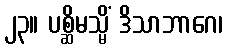
၂၃။ ပစ္ဆိမသ္မိံ ဒိသာဘာဂေ၊